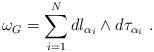
LaTeX: \begin{align*}\omega_G = \sum_{i=1}^N dl_{\alpha_i} \wedge d\tau_{\alpha_i}~.\end{align*}